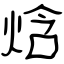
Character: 焓